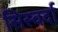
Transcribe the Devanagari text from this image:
सिस्वर्दा